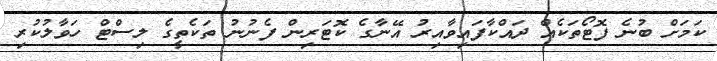
ކަމަށް ބުނެ ފޮޓޯތަކެއް ދައްކާފައިވާއިރު އޭނާގެ ކޮޓަރިން ފެނުނު ތަކެތީގެ ލިސްޓް ހަވާލުކުރި